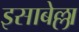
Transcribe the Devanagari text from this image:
इसाबेल्ला